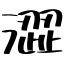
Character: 澀